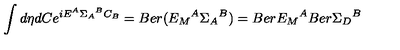
\int d \eta d C e ^ { i E ^ { A } { \Sigma _ { A } } ^ { B } C _ { B } } = B e r ( { E _ { M } } ^ { A } { \Sigma _ { A } } ^ { B } ) = B e r { E _ { M } } ^ { A } B e r { \Sigma _ { D } } ^ { B }